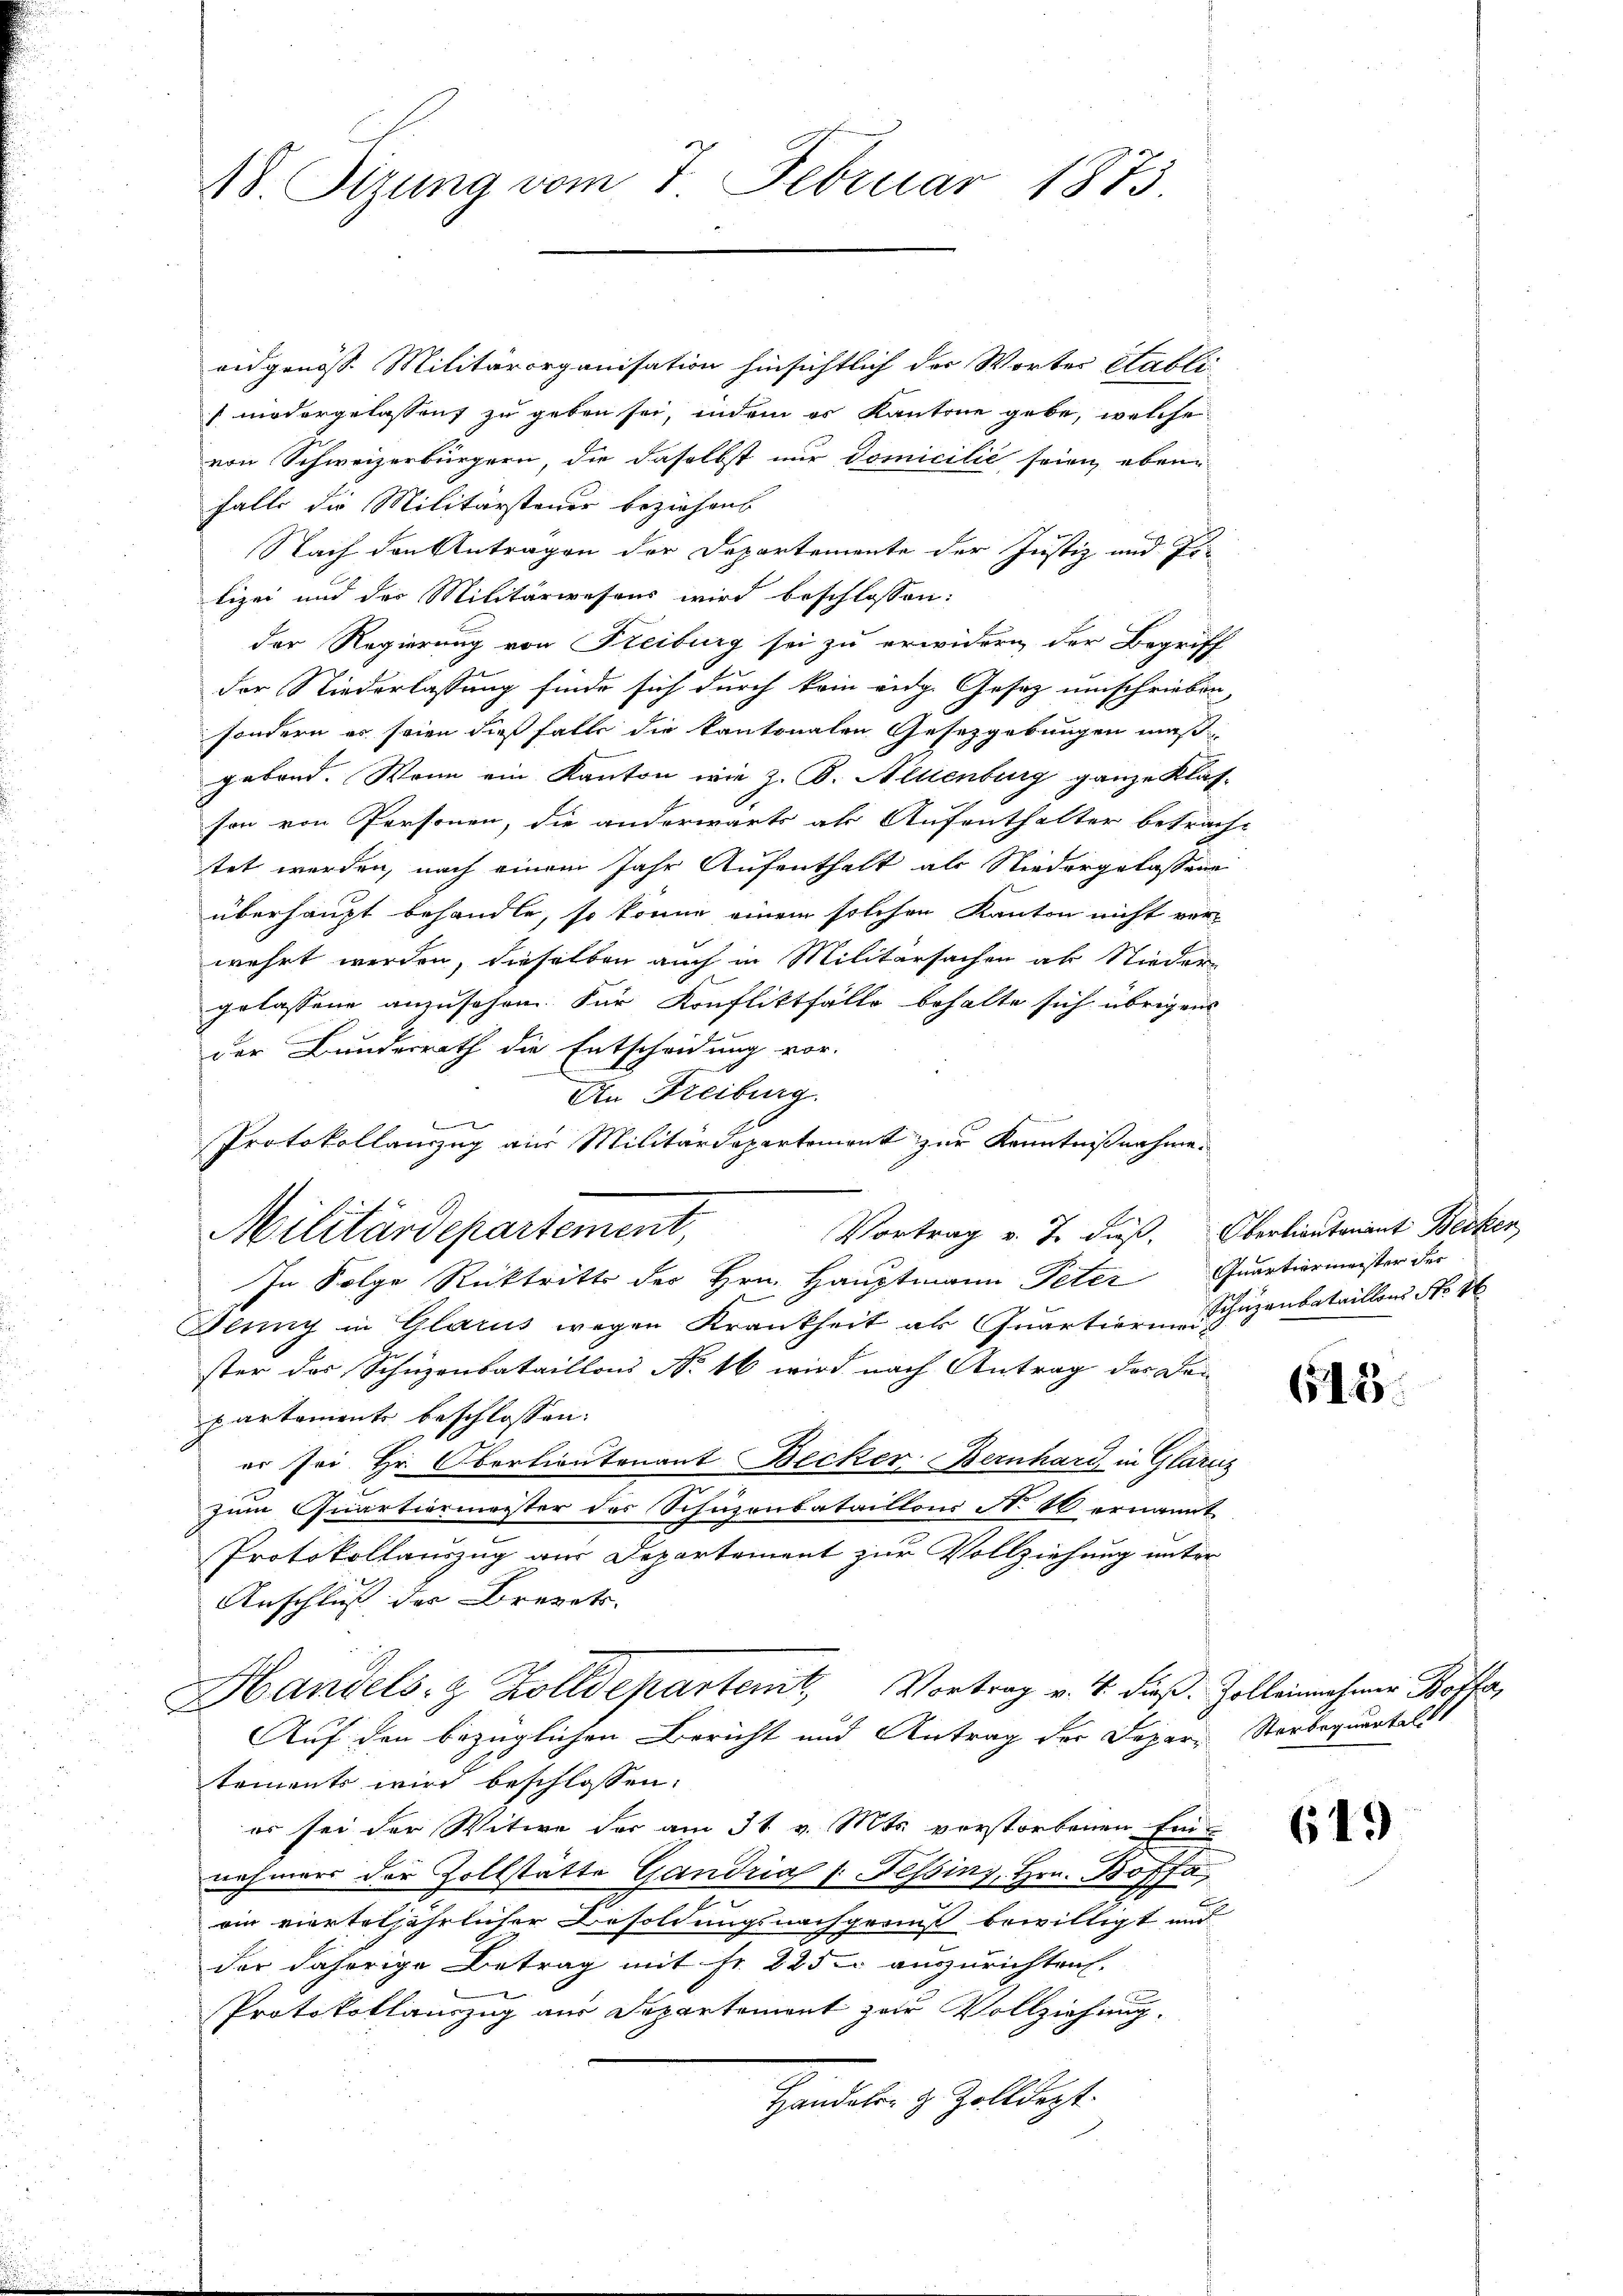
18 Sizung vom 7. Februar 1873.

eidgenöss. Militärorganisation hinsichtlich der Wortes Stabli
niedergelassen zu geben sei, indem es Kantone gebe, welche
von Schweizerbürgern, die daselbst nur Domicilić seien eben
falls die Militärsteuer beziehen
Nach den Antragen der Departemente der Justiz und Ei-
lizei und des Militärwesens wird beschlossen:
der Regierung von Steiburg sei zu erwidern der Begriff
der Niederlassung finde sich durch kein eidg. Gesetz umschrieben,
sondern es seien dießfalls die kantonalen Gesetzgebungen muß
gebend. Wenn ein Kanton wie z. B. Allenburg ganze Klas-
son von Personen, die anderwärts als Aufenthalter beträcht
tet werden, nach einem Jahr Aufenthalt als Niedergelassene
überhaupt behandle, so könne einem solchen Kanton nicht ver-
wehrt werden, dieselben auch in Militärsachen ab Nieder-
gelassene anzusehen. Für Konfliktfälle behalte sich übrigens
der Bundesrath die Entscheidung vor.
An Freiburg.
b
Protokollanzug aus Militärdepartement zur Kenntnißnahme.
Vortrag v. J. dieß. Oberlieutenant Becken,
Militärdepartement,
In Folge Rücktritt des Hrn. Hauptmann Peter Quartiermeister der
Jenny in Glarus wegen Krankheit als Quartierin Schäzenbataillons No 86
ster das Schnenbataillons No 16 wird nach Antrag der Den
partement beschlossen:
er sei. Hr. Oberlieutenant Becker Bernhard in Glarus
zum Quartiermeister des Schuzonbataillons No 46 ernannt
Protokollauszug aus Departement zur Vollziehung unter
Anschluß der Brevets |
Handels- & Zolldeparterit, Vortrag v. 4. dieß. Zolleinahmen Boffe,
Auf den bezüglichen Bericht und Antrag der Depar- Sterbequenteli
tements wird beschlossen:
er sei der Witwe der am 31. v. Mts. verstorbenen Ein-
nehmens der Zollstätte Gandria /: Tessin, Hrn. Boffa
oin vierteljährlicher Besoldungsnachgerins bewilligt und
der daherige Betrag mit Fr. 225 auszurichten.
Protokollauszug aus Departement zur Vollziehung.
Handelen z. Zolldept.

613.

649